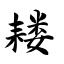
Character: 耧